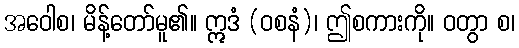
အဝေါစ၊ မိန့်တော်မူ၏။ ဣဒံ (ဝစနံ)၊ ဤစကားကို။ ဝတွာ စ၊